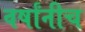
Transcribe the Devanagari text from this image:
वर्षांनीच